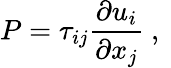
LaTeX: P={\tau_{ij}}\frac{{\partial{u_{i}}}}{{\partial{x_{j}}}}\mathrm{~,~}